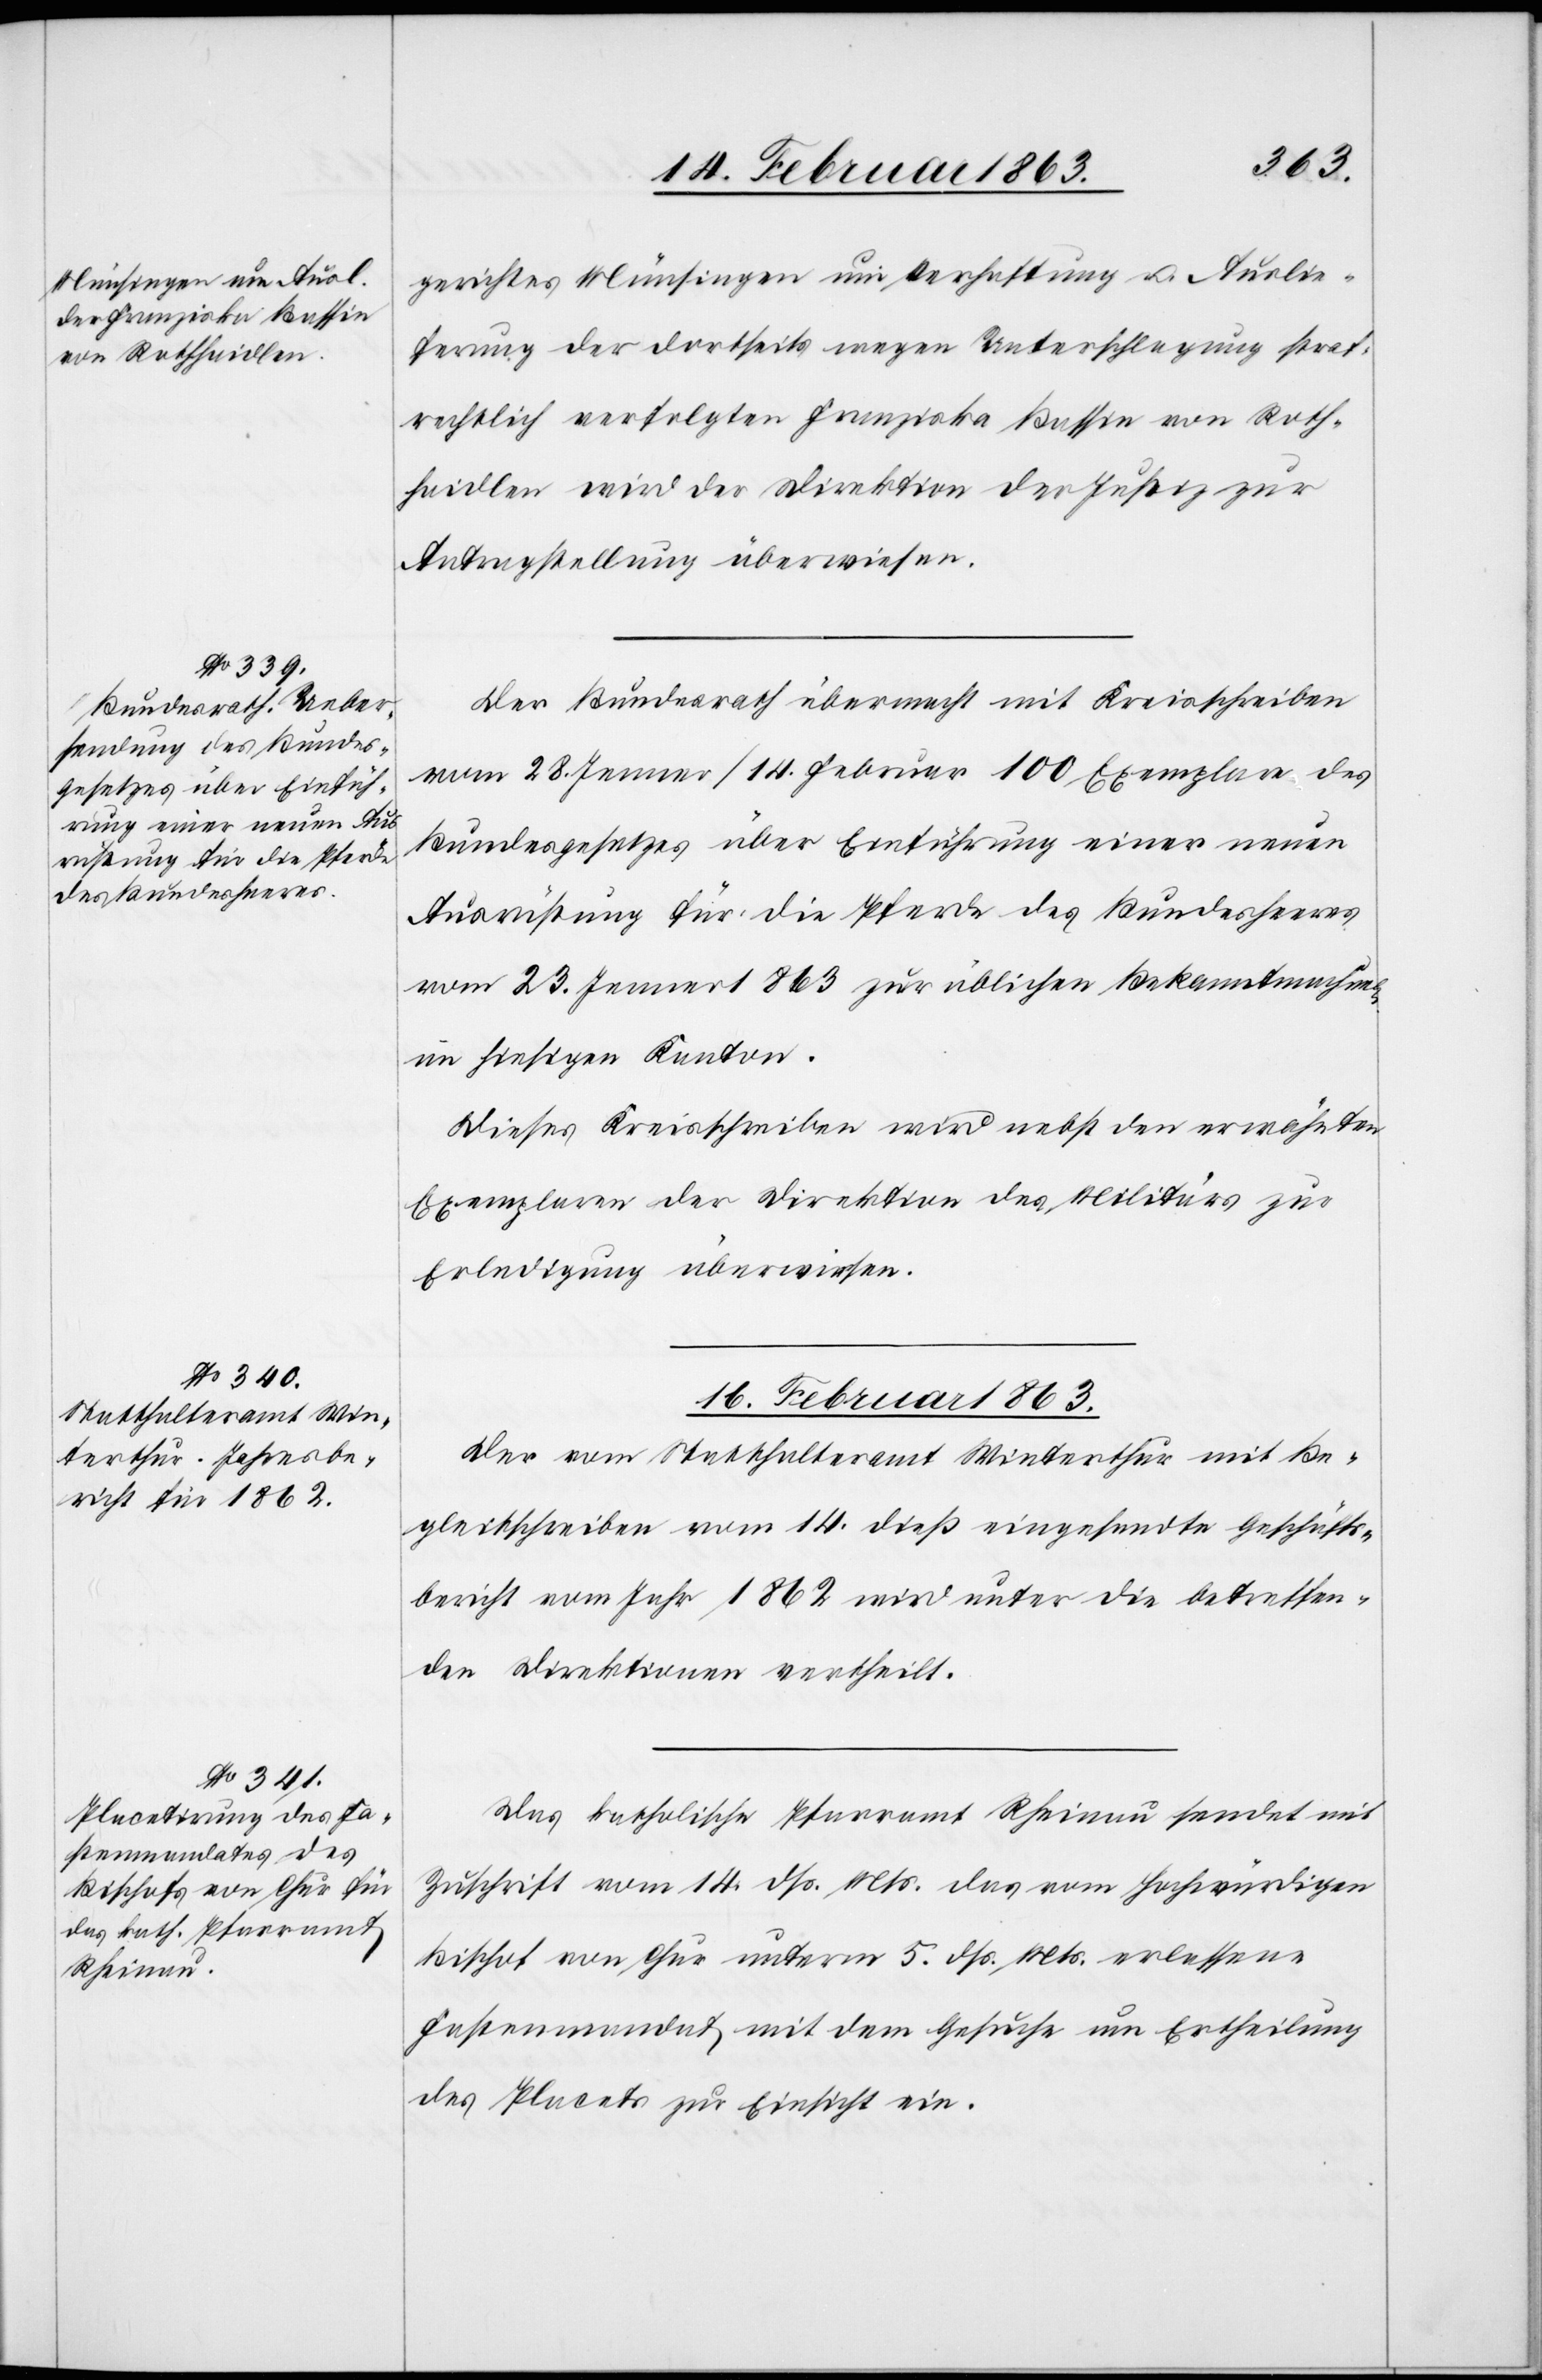
14. Februar 1863.]
gerichtes Münsingen um Verhaftung u. Auslie¬
ferung der dortseits wegen Unterschlagung straf¬
rechtlich verfolgten Franziska Bassin von Roth¬
haidlen wird der Direktion der Justiz zur
Antragstellung überwiesen.
Der Bundesrath übermacht mit Kreisschreiben
vom 28. Jenner/14. Februar 100 Exemplare des
Bundesgesetzes über Einführung einer neuen
Ausrüstung für die Pferde des Bundesheeres
vom 23. Jenner 1863 zur üblichen Bekanntmachung
im hiesigen Kanton.
Dieses Kreisschreiben wird nebst den erwähnten
Exemplaren der Direktion des Militärs zur
Erledigung überwiesen.
16. Februar 1863.]
Der vom Statthalteramt Winterthur mit Be¬
gleitschreiben vom 14. dieß eingesandte Geschäfts¬
bericht vom Jahr 1862 wird unter die betreffen¬
den Direktionen vertheilt.
Das katholische Pfarramt Rheinau sendet mit
Zuschrift vom 14. dß. Mts. das vom hochwürdigen
Bischof von Chur unterm 5. dß. Mts. erlassene
Fastenmandat mit dem Gesuche um Ertheilung
des Placets zur Einsicht ein.